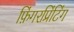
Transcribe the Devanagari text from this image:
फ़िंगरप्रिंटिंग